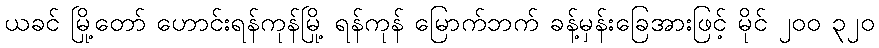
ယခင် မြို့တော် ဟောင်းရန်ကုန်မြို့ ရန်ကုန် မြောက်ဘက် ခန့်မှန်းခြေအားဖြင့် မိုင် ၂၀၀ ၃၂၀